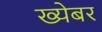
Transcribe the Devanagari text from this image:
ख्येबर